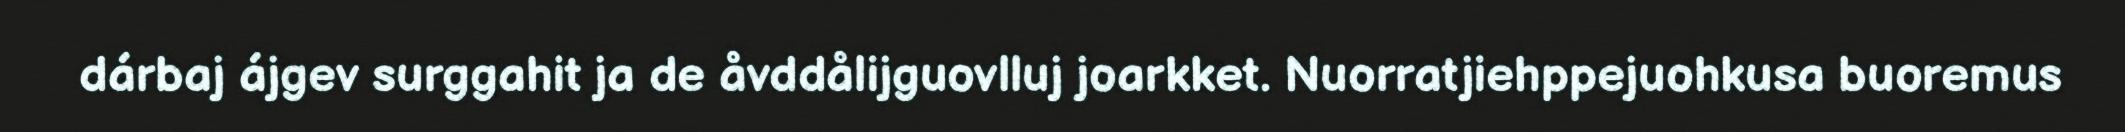
dárbaj ájgev surggahit ja de åvddålijguovlluj joarkket. Nuorratjiehppejuohkusa buoremus